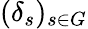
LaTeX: (\delta_{s})_{s\in G}